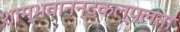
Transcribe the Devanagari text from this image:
शाम्भवानन्दकल्पलता